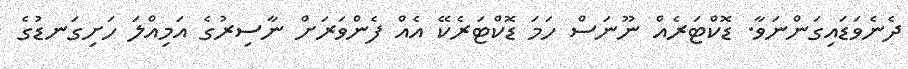
ދެނެވަޑައިގަންނަވާ. ޑޮކްޓަރެއް ނޫނަސް ހަމަ ޑޮކްޓަރެކޭ އެއް ފެންވަރަށް ނާސިރުގެ އަމިއްލަ ހަށިގަނޑުގެ